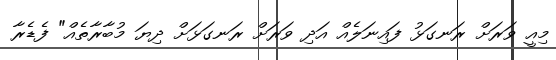
މިއީ ވަރަށް ރަނގަޅު ފައިނަލެއް އަދި ވަރަށް ރަނގަޅަށް ދިޔަ މުބާރާތެއް" ފެޑެރާ